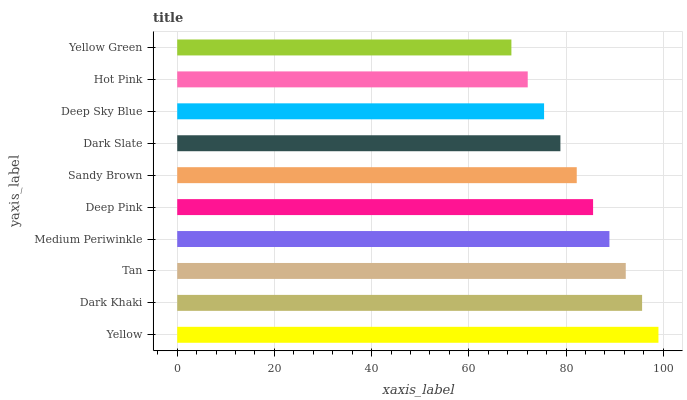
| yaxis_label | bars |
 | --- | --- |
 | Yellow | 99 |
 | Dark Khaki | 95.6 |
 | Tan | 92.3 |
 | Medium Periwinkle | 88.9 |
 | Deep Pink | 85.6 |
 | Sandy Brown | 82.2 |
 | Dark Slate | 78.8 |
 | Deep Sky Blue | 75.5 |
 | Hot Pink | 72.1 |
 | Yellow Green | 68.7 |